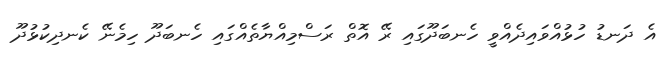
އެ ދަނޑު ހުޅުއްވައިދެއްވީ ހެނބަދޫގައި ރޭ އޮތް ރަސްމިއްޔާތެއްގައި ހެނބަދޫ ހިމެނޭ ކެނދިކުޅުދޫ